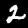
Label: 2